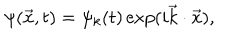
\psi ( { \vec { x } } , t ) = \psi _ { k } ( t ) \exp ( i { \vec { k } } \cdot { \vec { x } } ) ,